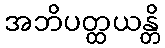
အဘိပတ္ထယန္တိ